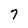
Character: 7